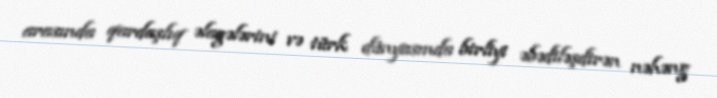
arasında qardaşlıq əlagələrini və türk dünyasında birliyi əbədiləşdirən nəhəng